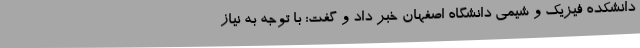
دانشکده فیزیک و شیمی دانشگاه اصفهان خبر داد و گفت: با توجه به نیاز